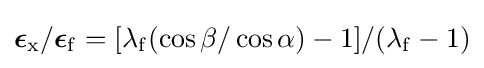
{\boldsymbol {\epsilon }}_{\mathrm {x} }/{\boldsymbol {\epsilon }}_{\mathrm {f} }=[\mathrm {\lambda } _{\mathrm {f} }(\cos \mathrm {\beta } /\cos \mathrm {\alpha } )-1]/(\mathrm {\lambda } _{\mathrm {f} }-1)